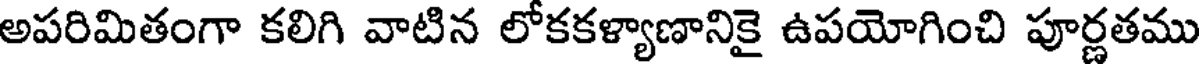
అపరిమితంగా కలిగి వాటిన లోకకళ్యాణానికై ఉపయోగించి పూర్ణతము